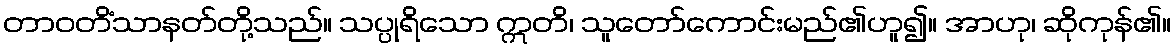
တာဝတိံသာနတ်တို့သည်။ သပ္ပုရိသော ဣတိ၊ သူတော်ကောင်းမည်၏ဟူ၍။ အာဟု၊ ဆိုကုန်၏။